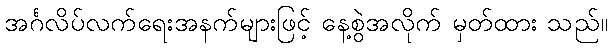
အင်္ဂလိပ်လက်ရေးအနက်များဖြင့် နေ့စွဲအလိုက် မှတ်ထား သည်။